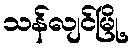
သန်လျင်မြို့